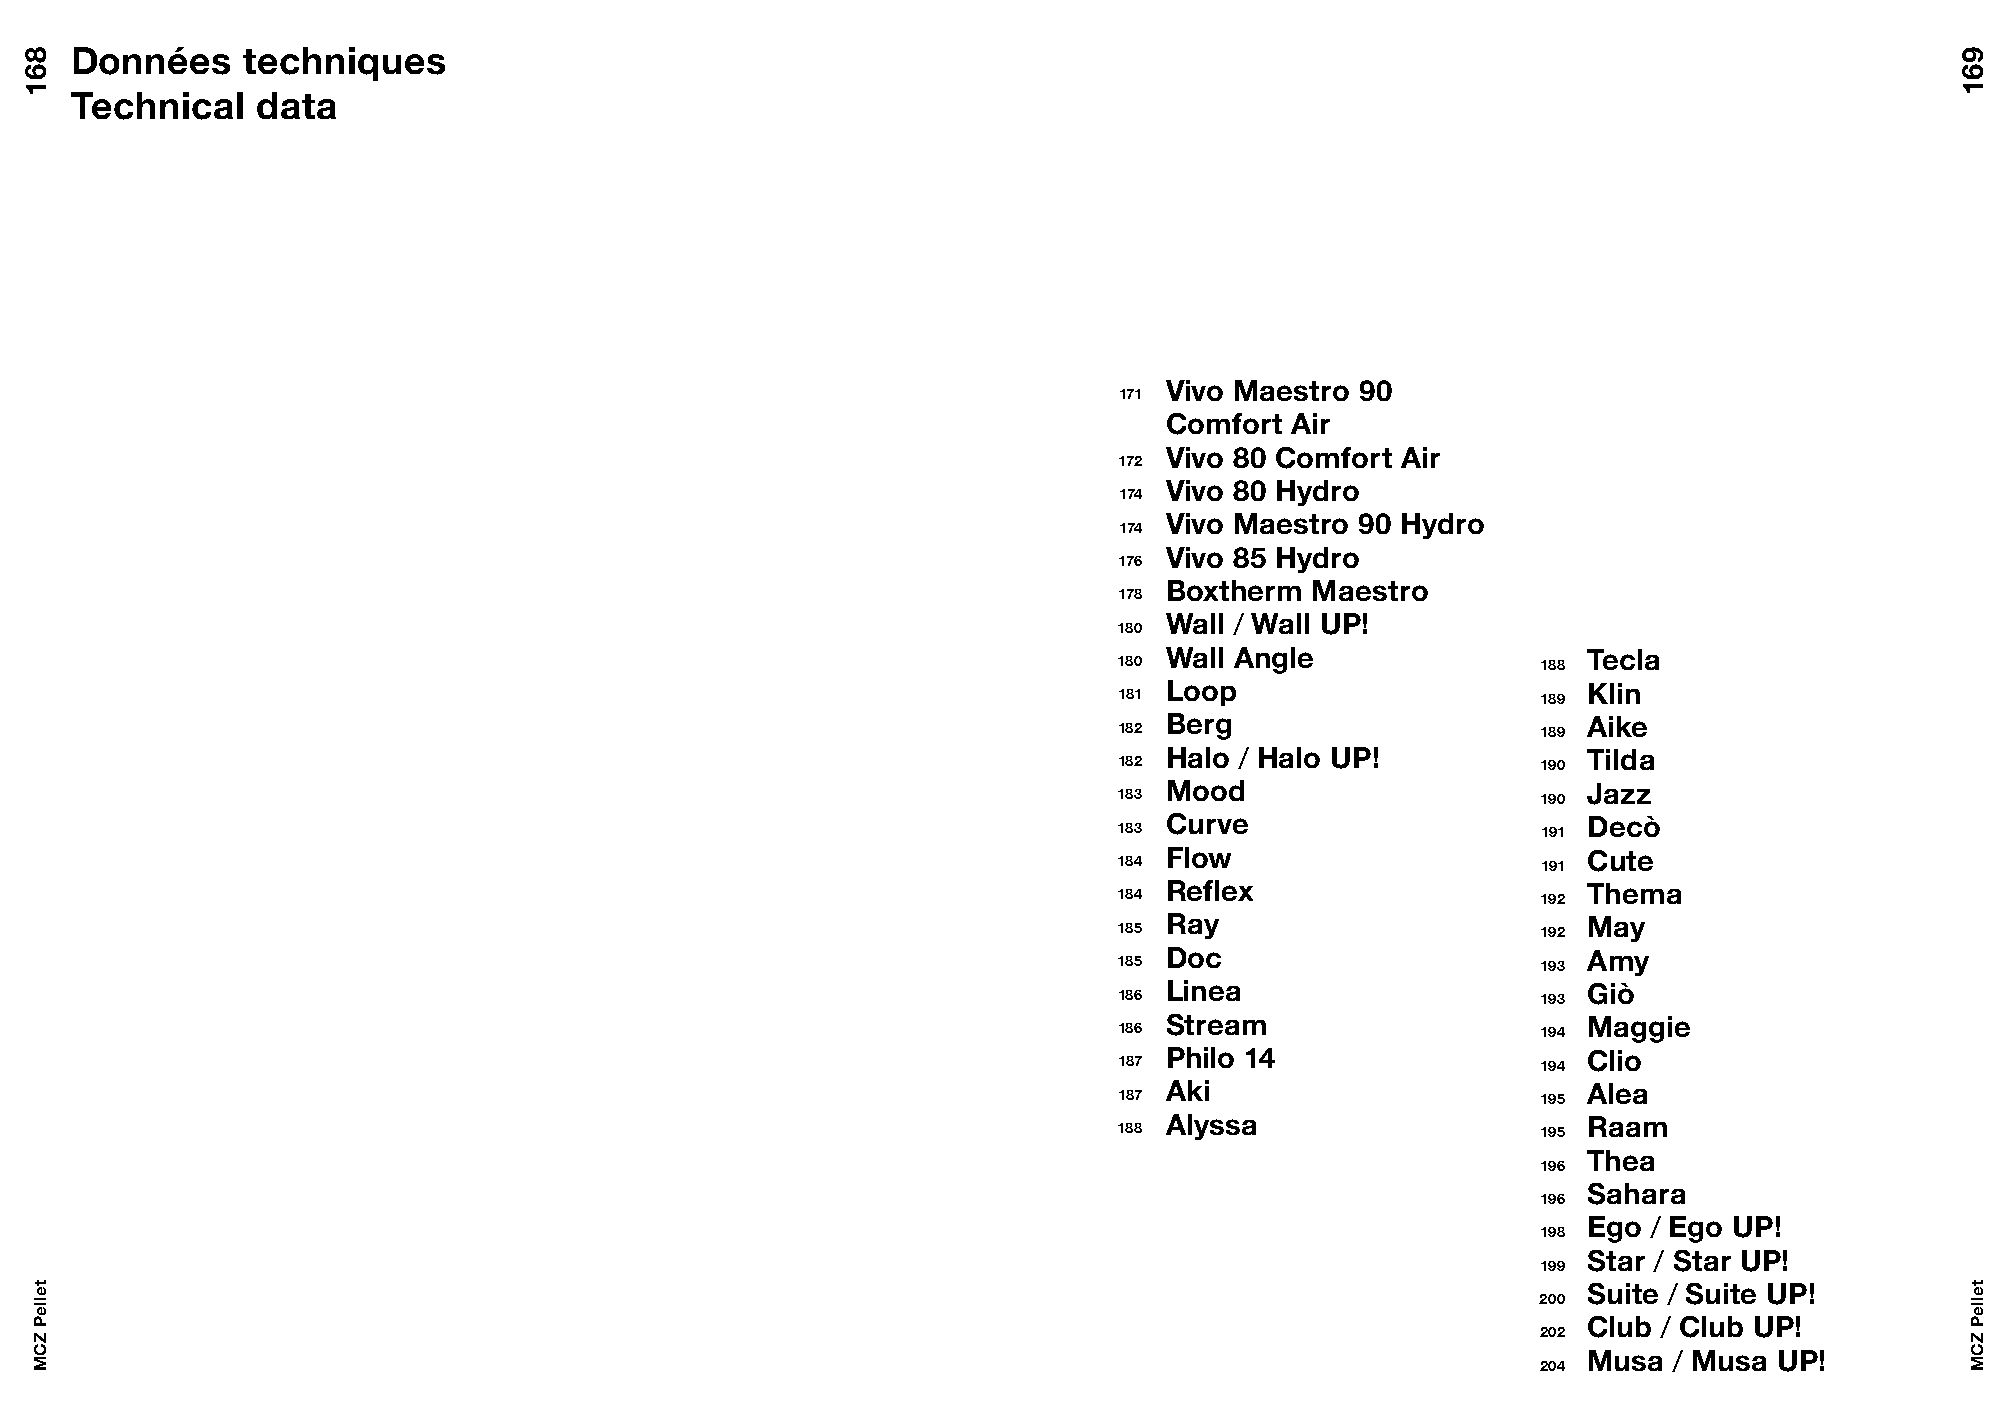
Données    techniques
 Technical   data
 Vivo Maestro 90
 171
 Comfort Air
 Vivo 80 Comfort Air
 172
 Vivo 80 Hydro
 174
 Vivo Maestro 90 Hydro
 174
 Vivo 85 Hydro
 176
 Boxtherm  Maestro
 178
 Wall / Wall UP!
 180
 Wall Angle                  Tecla
 180                         188
 Loop                        Klin
 181                         189
 Berg                        Aike
 182                         189
 Halo / Halo UP!             Tilda
 182                         190
 Mood                        Jazz
 183                         190
 Curve                       Decò
 183                         191
 Flow                        Cute
 184                         191
 Reflex                      Thema
 184                         192
 Ray                         May
 185                         192
 Doc                         Amy
 185                         193
 Linea                       Giò
 186                         193
 Stream                      Maggie
 186                         194
 Philo 14                    Clio
 187                         194
 Aki                         Alea
 187                         195
 Alyssa                      Raam
 188                         195
 Thea
 196
 Sahara
 196
 Ego / Ego UP!
 198
 Star / Star UP!
 199
 Suite / Suite UP!
 200
 Club / Club UP!
 202
 Musa  / Musa UP!
 204
 861
 telleP
 ZCM
 961
 telleP
 ZCM